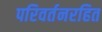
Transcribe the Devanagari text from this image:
परिवर्तनरहित